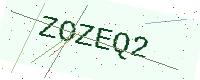
Text: ZOZEQ2